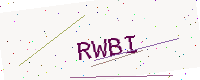
Text: RWBI